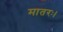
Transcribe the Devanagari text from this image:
मातरः।